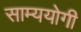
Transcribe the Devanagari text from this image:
साम्ययोगी